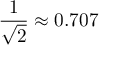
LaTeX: { \frac { 1 } { \sqrt { 2 } } } \approx 0 . 7 0 7